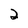
Character: 2